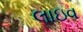
લાઇવ